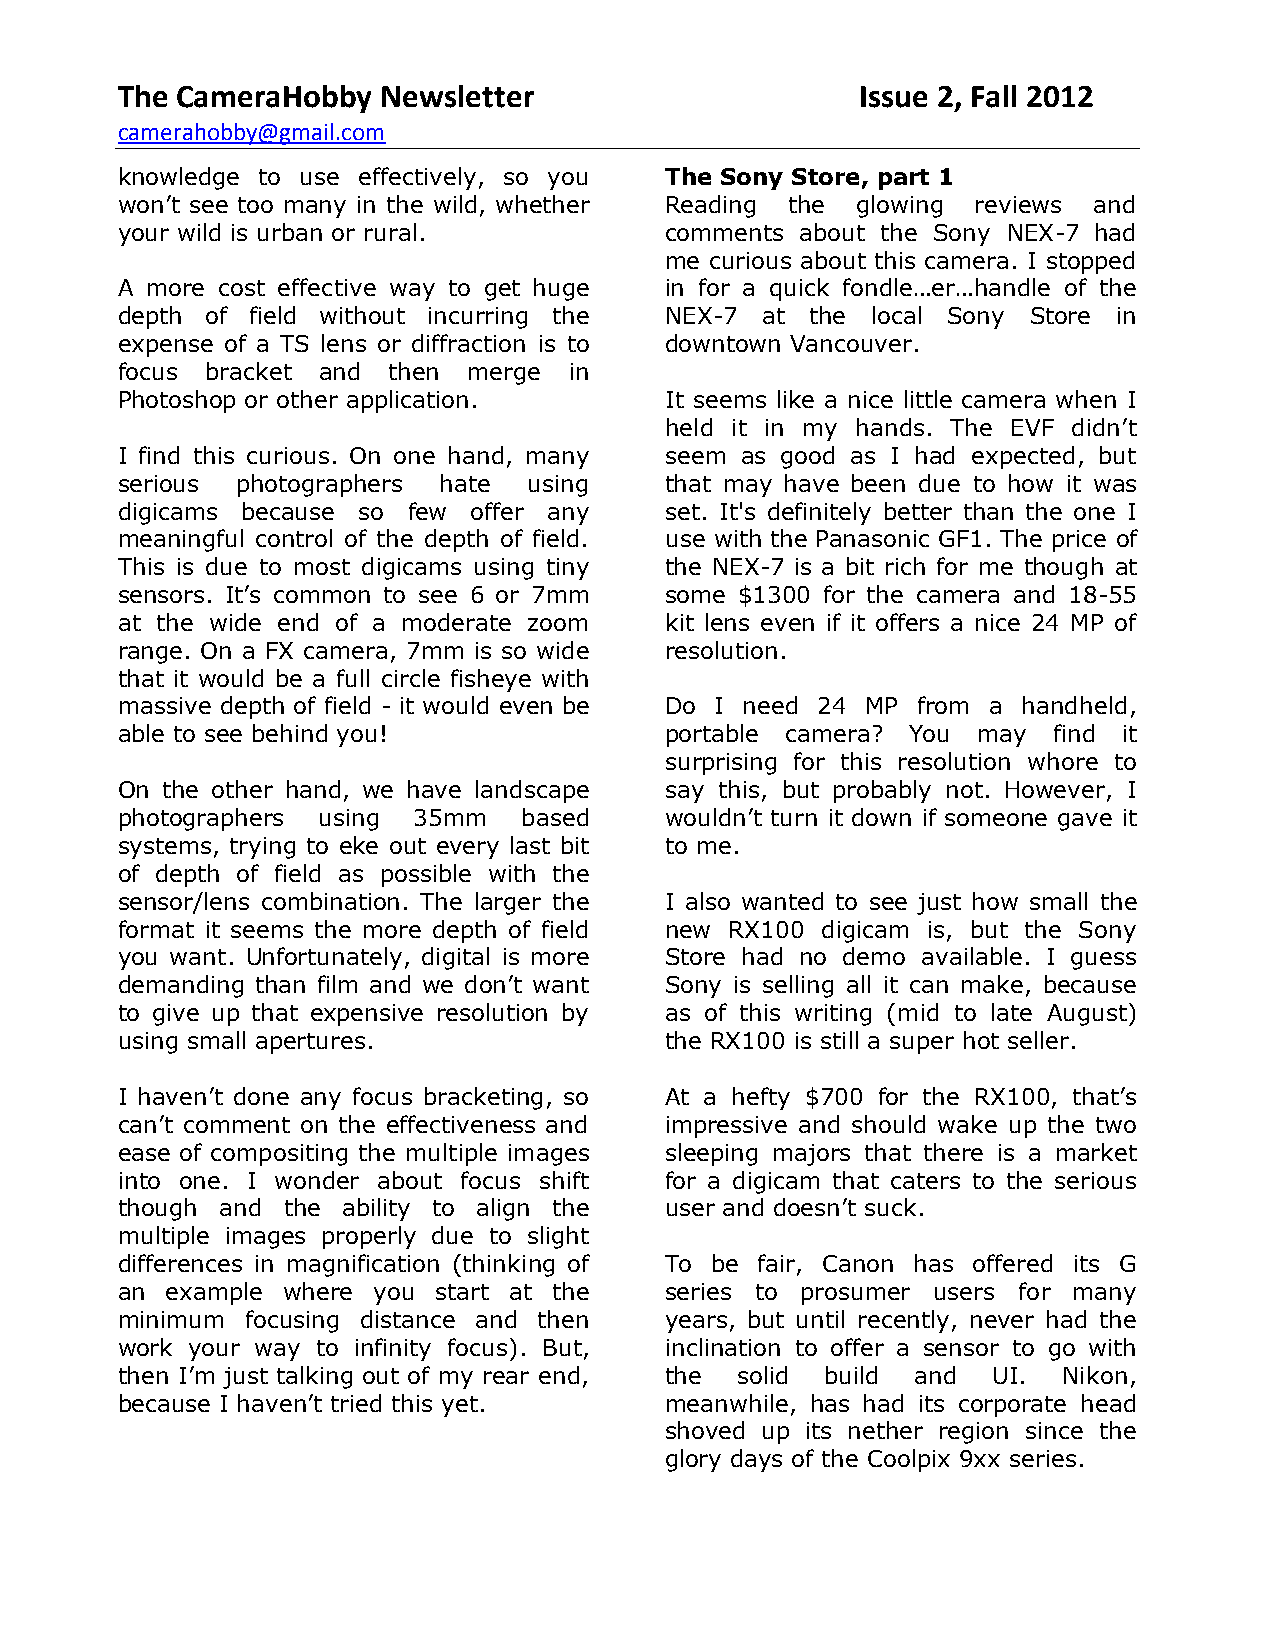
The CameraHobby  Newsletter                      Issue 2, Fall 2012
 camerahobby@gmail.com
 knowledge to use effectively, so you The Sony Store, part 1
 won’t see too many in the wild, whether Reading the glowing reviews and
 your wild is urban or rural.        comments about the Sony NEX-7 had
 me curious about this camera. I stopped
 A more cost effective way to get huge in for a quick fondle…er…handle of the
 depth of field without incurring the NEX-7 at the local Sony Store in
 expense of a TS lens or diffraction is to downtown Vancouver.
 focus bracket and then merge  in
 Photoshop or other application.     It seems like a nice little camera when I
 held it in my hands. The EVF didn’t
 I find this curious. On one hand, many seem as good as I had expected, but
 serious photographers hate using    that may have been due to how it was
 digicams because so few offer any   set. It's definitely better than the one I
 meaningful control of the depth of field. use with the Panasonic GF1. The price of
 This is due to most digicams using tiny the NEX-7 is a bit rich for me though at
 sensors. It’s common to see 6 or 7mm some $1300 for the camera and 18-55
 at the wide end of a moderate zoom  kit lens even if it offers a nice 24 MP of
 range. On a FX camera, 7mm is so wide resolution.
 that it would be a full circle fisheye with
 massive depth of field - it would even be Do I need 24 MP from a handheld,
 able to see behind you!             portable camera? You may  find it
 surprising for this resolution whore to
 On the other hand, we have landscape say this, but probably not. However, I
 photographers using 35mm   based    wouldn’t turn it down if someone gave it
 systems, trying to eke out every last bit to me.
 of depth of field as possible with the
 sensor/lens combination. The larger the I also wanted to see just how small the
 format it seems the more depth of field new RX100 digicam is, but the Sony
 you want. Unfortunately, digital is more Store had no demo available. I guess
 demanding than film and we don’t want Sony is selling all it can make, because
 to give up that expensive resolution by as of this writing (mid to late August)
 using small apertures.              the RX100 is still a super hot seller.
 I haven’t done any focus bracketing, so At a hefty $700 for the RX100, that’s
 can’t comment on the effectiveness and impressive and should wake up the two
 ease of compositing the multiple images sleeping majors that there is a market
 into one. I wonder about focus shift for a digicam that caters to the serious
 though and the ability to align the user and doesn’t suck.
 multiple images properly due to slight
 differences in magnification (thinking of To be fair, Canon has offered its G
 an example where you start at the   series to prosumer users for many
 minimum focusing distance and then  years, but until recently, never had the
 work your way to infinity focus). But, inclination to offer a sensor to go with
 then I’m just talking out of my rear end, the solid build and UI. Nikon,
 because I haven’t tried this yet.   meanwhile, has had its corporate head
 shoved up its nether region since the
 glory days of the Coolpix 9xx series.